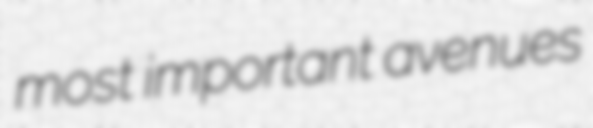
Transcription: most important avenues